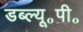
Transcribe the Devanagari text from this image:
डब्ल्यू॰पी॰